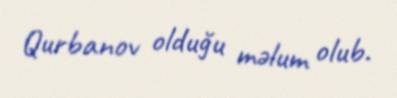
Qurbanov olduğu məlum olub.